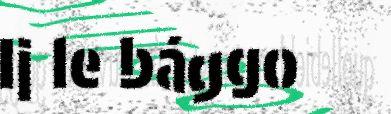
Ij le bággo